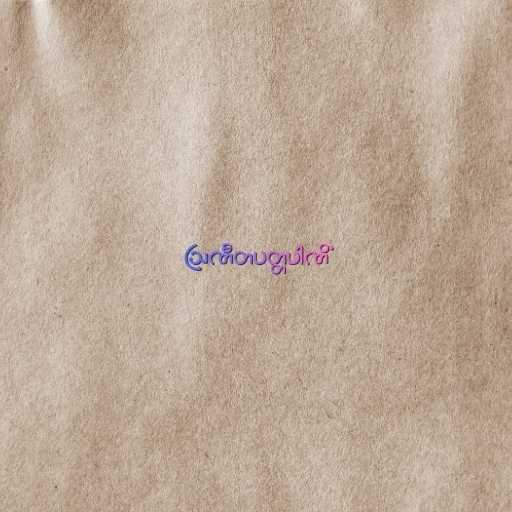
ဩဏီတပတ္တပါဏိံ